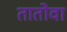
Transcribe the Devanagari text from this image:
तातोवा